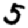
Digit: 5